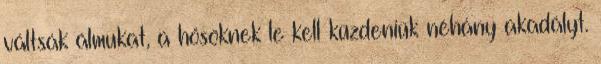
váltsák álmukat, a hősöknek le kell küzdeniük néhány akadályt.